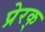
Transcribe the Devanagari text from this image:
प्रेरक्